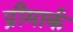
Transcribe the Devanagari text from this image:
प्रीमार्क